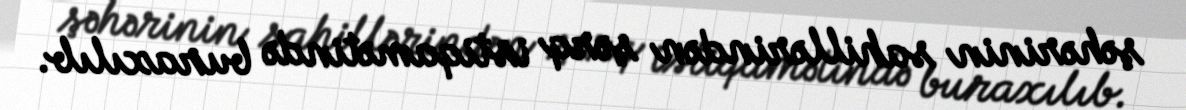
şəhərinin sahillərindən şərq istiqamətində buraxılıb.